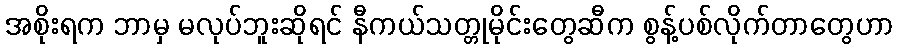
အစိုးရက ဘာမှ မလုပ်ဘူးဆိုရင် နီကယ်သတ္တုမိုင်းတွေဆီက စွန့်ပစ်လိုက်တာတွေဟာ